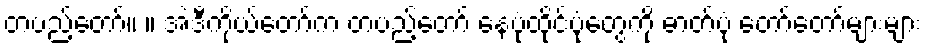
တပည့်တော်။ ။ အဲဒီကိုယ်တော်က တပည့်တော် နေပုံထိုင်ပုံတွေကို ဓာတ်ပုံ တော်တော်များများ